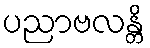
ပညာဗလန္တိ